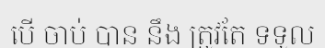
បើ ចាប់ បាន នឹង ត្រូវតែ ទទួល